Calcutta medical institutions reports 1892-1900
Year: 1892
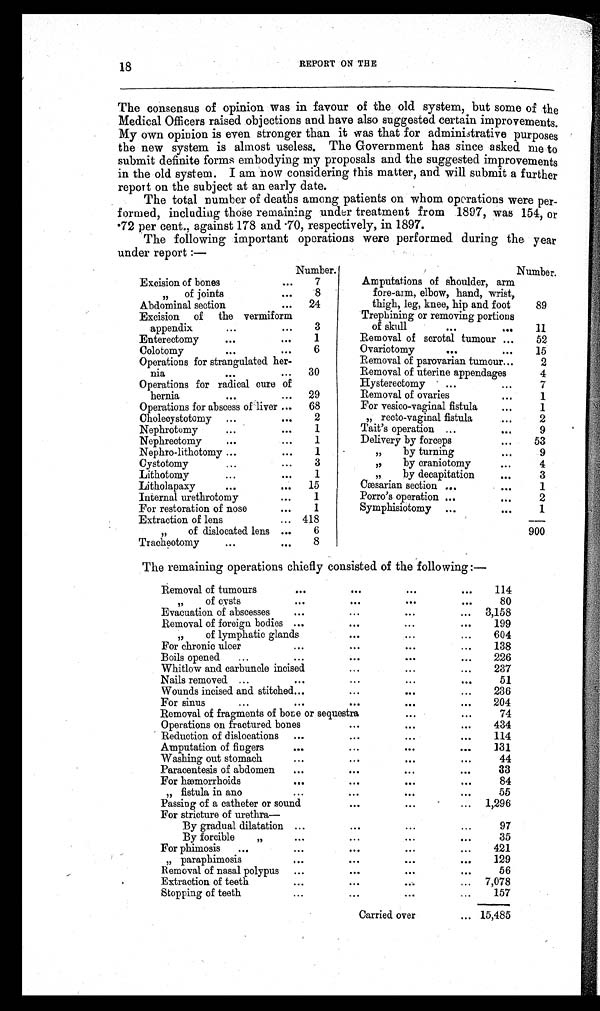
18
REPORT ON THE
The consensus of opinion was in favour of the old system, but some of the
Medical Officers raised objections and have also suggested certain improvements.
My own opinion is even stronger than it was that for administrative purposes
the new system is almost useless. The Government has since asked me to
submit definite forms embodying my proposals and the suggested improvements
in the old system. I am now considering this matter, and will submit a further
report on the subject at an early date.
The total number of deaths among patients on whom operations were per-
formed, including those remaining under treatment from 1897, was 154, or
.72 per cent., against 178 and .70, respectively, in 1897.
The following important operations were performed during the year
under report:—
Number.
Number.
Excision of bones
...
7
Amputations of shoulder, arm
„
of joints
...
8
fore-arm, elbow, hand, wrist,
Abdominal section
...
24
thigh, leg, knee, hip and foot
89
Excision of the vermiform
Trephining or removing portions
appendix
. . .
...
3
of skull
...
...
11
Enterectomy
...
...
1
Removal of scrotal tumour ...
52
Colotomy
...
...
6
Ovariotomy
. . .
...
15
Operations for strangulated her-
Removal of parovarian tumour ...
2
nia
...
...
30
Removal of uterine appendages
4
Operations for radical cure of
Hysterectomy
...
. . .
7
hernia
...
...
29
Removal of ovaries
...
1
Operations for abscess of liver ...
68
For vesico-vaginal fistula
. . .
1
Cholecystotomy ...
. . .
2
„ recto-vaginal fistula
...
2
Nephrotomy
...
...
1
Tait's operation ...
...
9
Nephrectomy
. . .
. . .
1
Delivery by forceps
. . .
53
Nephro-lithotomy ...
...
1
„ by turning
...
9
Cystotomy
...
...
3
„ by craniotomy
. . .
4
Lithotomy
...
. . .
1
„ by decapitation
. . .
3
Litholapaxy
. . .
. . .
15
Cæsarian section ...
. . .
1
Internal urethrotomy
...
1
Porro's operation ...
...
2
For restoration of nose
...
1
Symphisiotomy ...
. . .
1
Extraction of lens
... 418
„
of dislocated lens ...
6
900
Tracheotomy
...
...
8
The remaining operations chiefly consisted of the following:—
Removal of tumours
...
...
...
...
114
„
of cysts
...
. . .
. . .
...
80
Evacuation of abscesses
...
. . .
...
. . . 3,158
Removal of foreign bodies ...
...
...
...
199
„
of lymphatic glands
...
. . .
...
604
For chronic ulcer
...
...
...
...
138
Boils opened
...
...
...
. . .
...
226
Whitlow and carbuncle incised
...
. . .
...
237
Nails removed ...
...
...
...
. . .
51
Wounds incised and stitched ...
...
. . .
...
236
For sinus
...
...
...
. . .
...
204
Removal of fragments of bone or sequestra
...
. . .
74
Operations on fractured bones
...
...
...
434
Reduction of dislocations
...
. . .
...
...
114
Amputation of fingers
. . .
...
...
. . .
131
Washing out stomach
...
...
...
...
44
Paracentesis of abdomen
...
...
...
...
33
For hæmorrhoids
. . .
...
...
...
84
„ fistula in ano
...
...
...
. . .
55
Passing of a catheter or sound
...
...
... 1,296
For stricture of urethra—
By gradual dilatation ...
...
...
...
97
By forcible ,,
...
...
...
...
35
For phimosis
...
...
...
...
. . .
421
„ paraphimosis
. . .
. . .
. . .
. . .
129
Removal of nasal polypus
...
. . .
...
...
56
Extraction of teeth
...
...
. . .
... 7,078
Stopping of teeth
...
. . .
...
...
157
Carried over
... 15,485